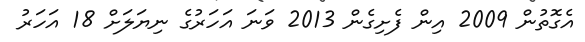
އެގޮތުން 2009 އިން ފެށިގެން 2013 ވަނަ އަހަރުގެ ނިޔަލަށް 18 އަހަރު